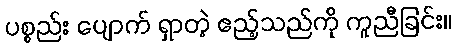
ပစ္စည်း ပျောက် ရှာတဲ့ ဧည့်သည်ကို ကူညီခြင်း။